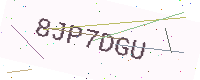
Text: 8JP7DGU